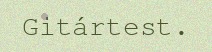
Gitártest.